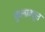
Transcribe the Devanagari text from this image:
कुलावधूत